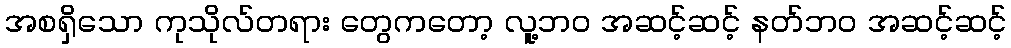
အစရှိသော ကုသိုလ်တရား တွေကတော့ လူ့ဘဝ အဆင့်ဆင့် နတ်ဘဝ အဆင့်ဆင့်